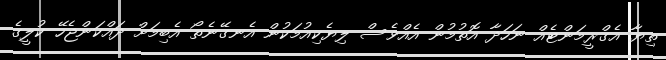
ތިޔާ އެގްރީމަންޓެއް ނަހަދާ އޮތުމުން އެއްވެސް ލިޔެކިއުމަކުން އެނގޭނެތޯ އެބިމަށް ދައްކަންޖެހޭ ކުލީގެ